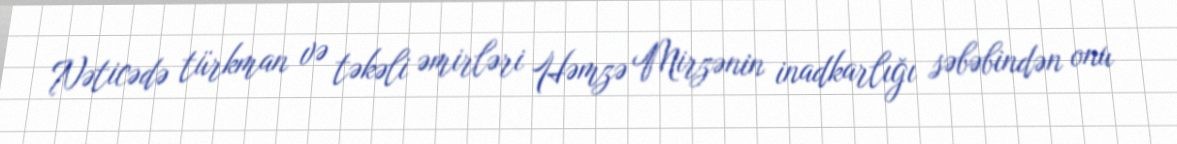
Nəticədə türkman və təkəli əmirləri Həmzə Mirzənin inadkarlığı səbəbindən onu